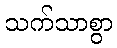
သက်သာစွာ